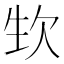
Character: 𣢡